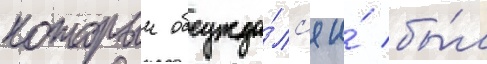
которыи обсужда́лс'я и́ бы́л